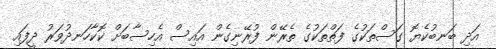
އަދި ބަނބުކެޔޮ ގަސްތަކުގެ ފަތްތަކުގެ ތެރޭން ފުރޭނިގެން އައިސް އެހިސާބަށް ކޮކާހަނދުވަަރު ދީފައި